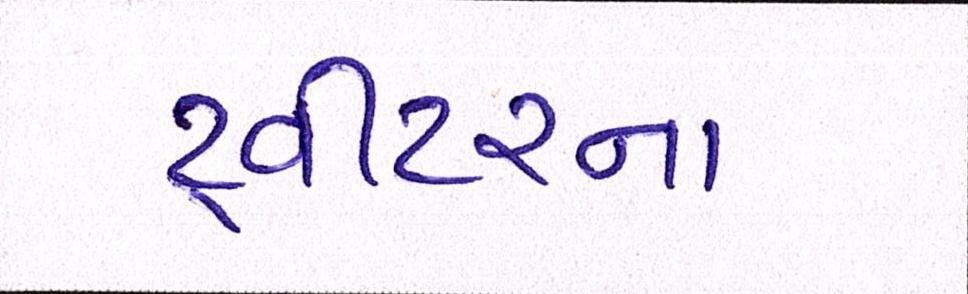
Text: ટ્વીટરના